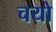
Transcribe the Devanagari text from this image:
चयो